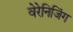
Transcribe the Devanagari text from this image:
वेरेनिजिंग